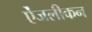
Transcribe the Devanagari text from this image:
ऐंजलीकन